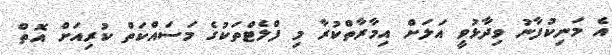
އެ މަނިކުފާނު ވިދާޅުވީ އަލަށް އިމާރާތްކުރާ މި ފްލެޓްތަކުގެ މަސައްކަތް ކުރިއަށް އޮތް